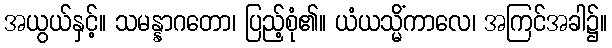
အယွယ်နှင့်။ သမန္နာဂတော၊ ပြည့်စုံ၏။ ယံယသ္မိံကာလေ၊ အကြင်အခါ၌။